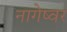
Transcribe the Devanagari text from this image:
नागेष्वर